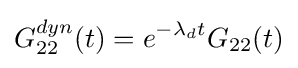
G_{22}^{dyn}(t)=e^{-\lambda _{d}t}G_{22}(t)